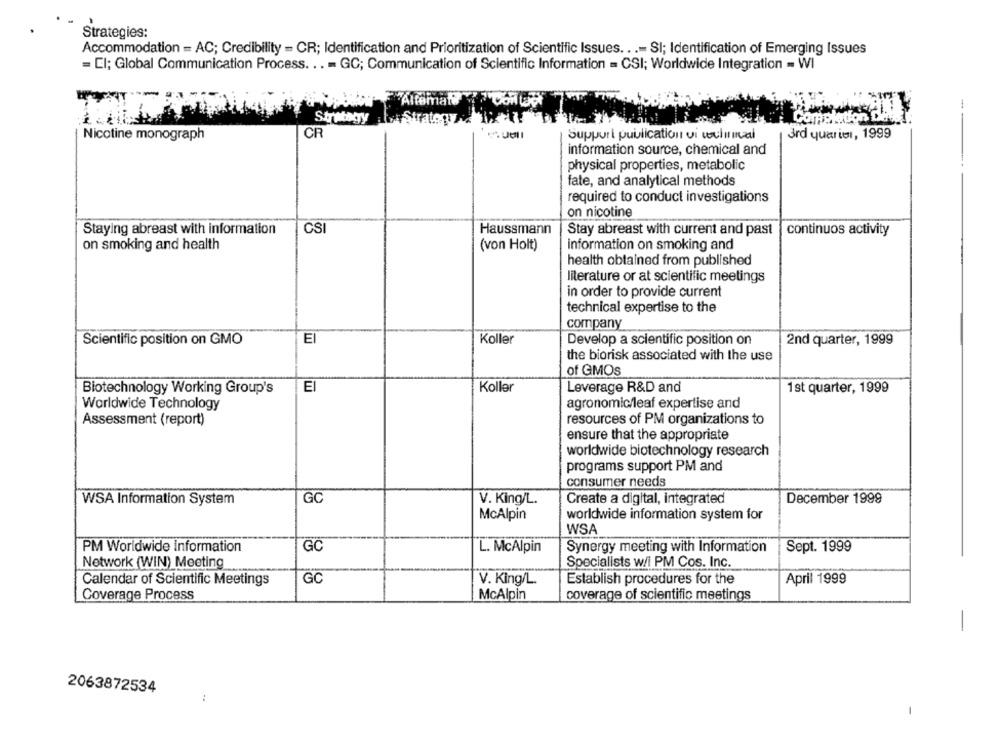
Strategies:
Accommodation = AC; Credibility - CR; Identification and Prioritization of Scientific Issues ...= SI; Identification of Emerging Issues
= El; Global Communication Process ... = GC; Communication of Scientific Information = CSI; Worldwide Integration - WI
Allemal
Strategy
CR
Nicotine monograph
Suppuri publication vi vulicai
3rd quarie, 1999
information source, chemical and
physical properties, metabolic
fate, and analytical methods
required to conduct investigations
on nicotine
Staying abreast with information
CSI
Haussmann
Stay abreast with current and past
continuos activity
on smoking and health
(von Holt)
information on smoking and
health obtained from published
literature or at scientific meetings
in order to provide current
technical expertise to the
company
Scientific position on GMO
E
Koller
Develop a scientific position on
2nd quarter, 1999
the biorisk associated with the use
of GMOS
Biotechnology Working Group's
EI
Koller
Leverage R&D and
1 st quarter, 1999
Worldwide Technology
agronomic/leaf expertise and
Assessment (report)
resources of PM organizations to
ensure that the appropriate
worldwide biotechnology research
programs support PM and
consumer needs
WSA Information System
GC
V. King/L.
Create a digital, integrated
December 1999
McAlpin
worldwide information system for
WSA
PM Worldwide Information
GC
L. McAlpin
Synergy meeting with Information
Sept. 1999
Network (WIN) Meeting
Specialists w/i PM Cos. Inc.
GC
Calendar of Scientific Meetings
V. King/L.
Establish procedures for the
April 1999
Coverage Process
McAlpin
coverage of scientific meetings
-
2063872534
:
-